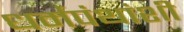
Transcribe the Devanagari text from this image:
धर्मपंथांशी